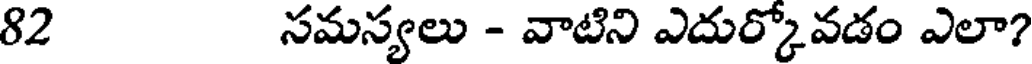
82 సమస్యలు - వాటిని ఎదుర్కోవడం ఎలా?